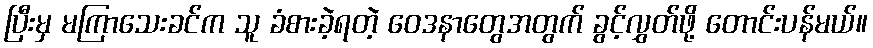
ပြီးမှ မကြာသေးခင်က သူ ခံစားခဲ့ရတဲ့ ဝေဒနာတွေအတွက် ခွင့်လွှတ်ဖို့ တောင်းပန်မယ်။